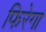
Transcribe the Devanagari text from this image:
फिरेगा